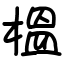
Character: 榲